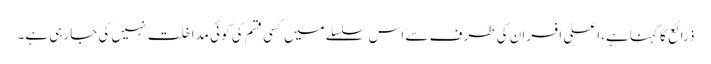
ذرائع کا کہنا ہے،اعلی افسران کی طرف سے اس سلسلے میں کسی قسم کی کوئی مداخلت نہیں کی جارہی ہے۔